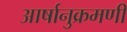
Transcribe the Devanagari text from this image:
आर्षानुक्रमणी